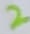
Text: 2